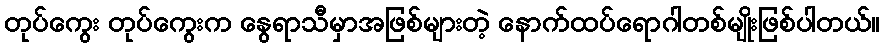
တုပ်ကွေး တုပ်ကွေးက နွေရာသီမှာအဖြစ်များတဲ့ နောက်ထပ်ရောဂါတစ်မျိုးဖြစ်ပါတယ်။